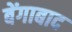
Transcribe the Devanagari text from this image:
बेंगाबाद